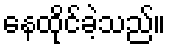
နေထိုင်ခဲ့သည်။